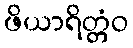
ဖိယာရိတ္တံဝ